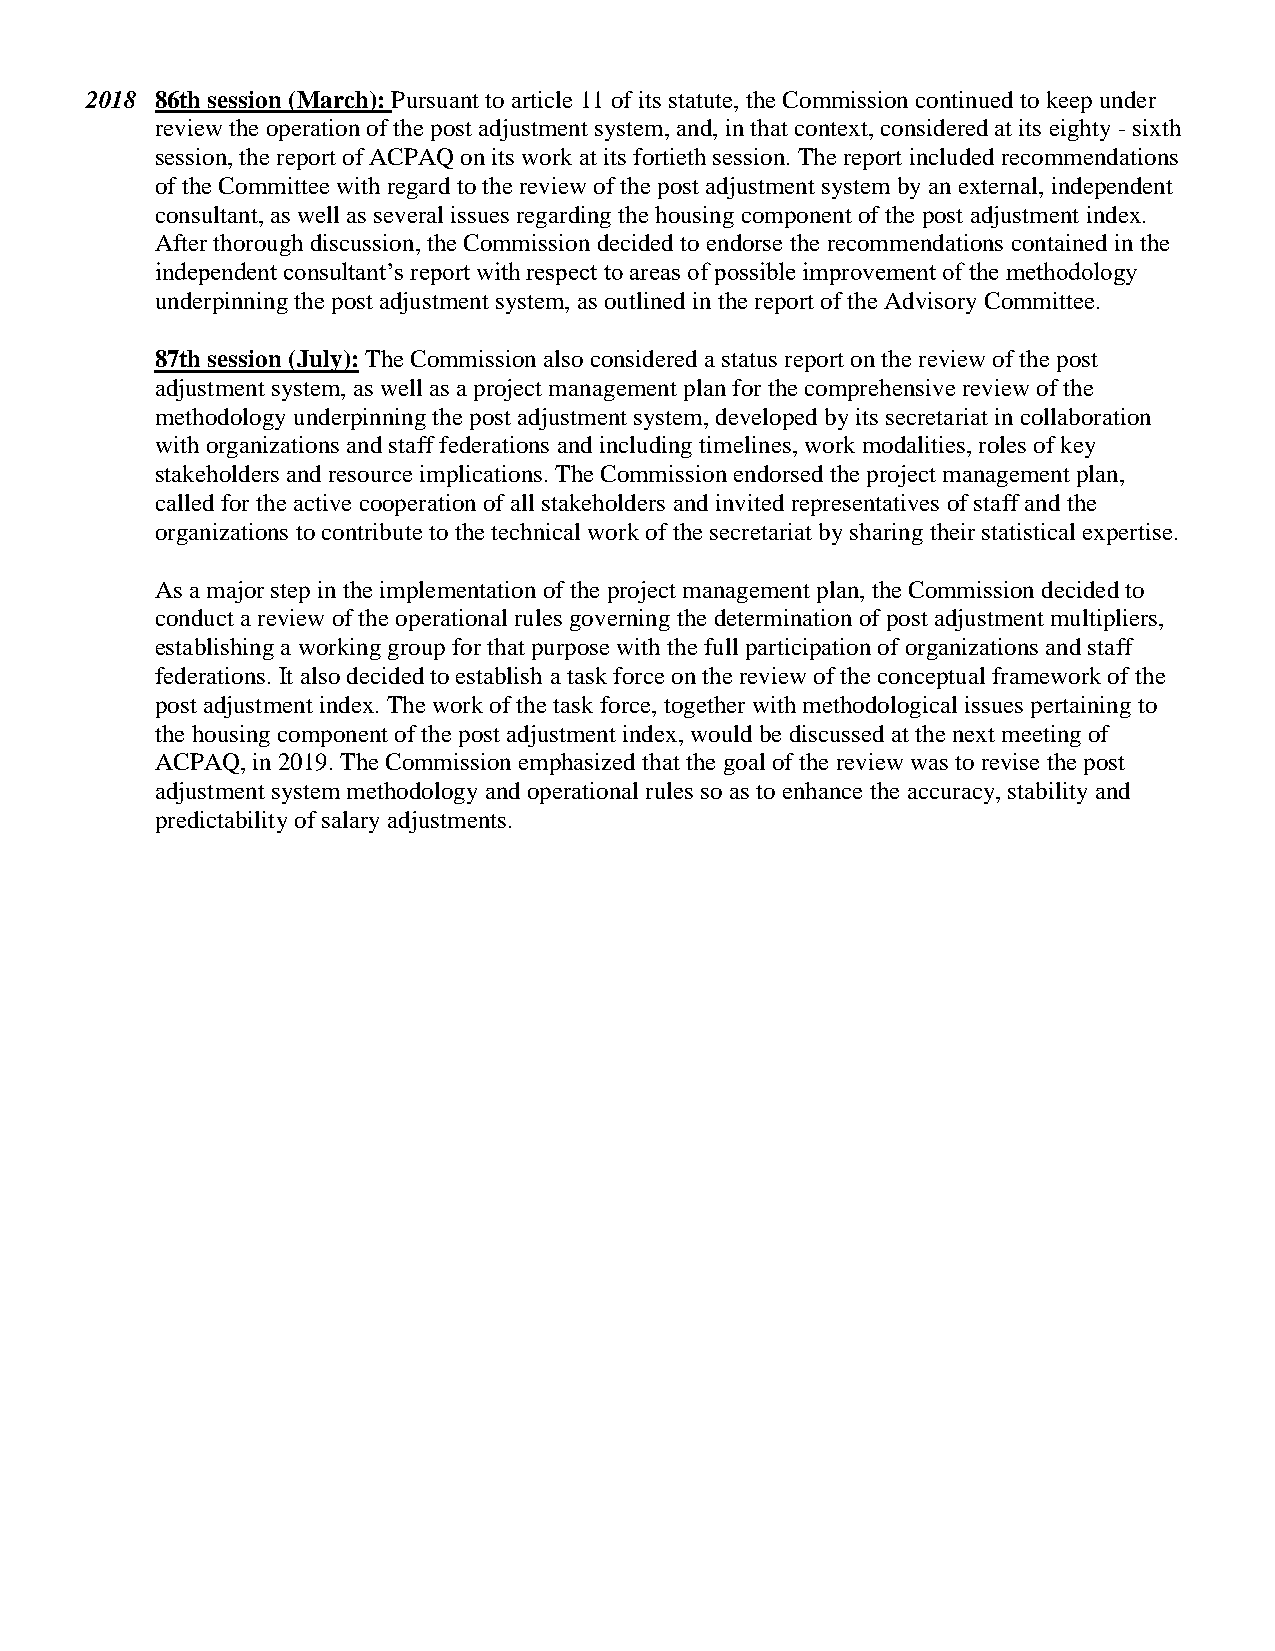
2018 86th session (March): Pursuant to article 11 of its statute, the Commission continued to keep under
 review the operation of the post adjustment system, and, in that context, considered at its eighty - sixth
 session, the report of ACPAQ on its work at its fortieth session. The report included recommendations
 of the Committee with regard to the review of the post adjustment system by an external, independent
 consultant, as well as several issues regarding the housing component of the post adjustment index.
 After thorough discussion, the Commission decided to endorse the recommendations contained in the
 independent consultant’s report with respect to areas of possible improvement of the methodology
 underpinning the post adjustment system, as outlined in the report of the Advisory Committee.
 87th session (July): The Commission also considered a status report on the review of the post
 adjustment system, as well as a project management plan for the comprehensive review of the
 methodology underpinning the post adjustment system, developed by its secretariat in collaboration
 with organizations and staff federations and including timelines, work modalities, roles of key
 stakeholders and resource implications. The Commission endorsed the project management plan,
 called for the active cooperation of all stakeholders and invited representatives of staff and the
 organizations to contribute to the technical work of the secretariat by sharing their statistical expertise.
 As a major step in the implementation of the project management plan, the Commission decided to
 conduct a review of the operational rules governing the determination of post adjustment multipliers,
 establishing a working group for that purpose with the full participation of organizations and staff
 federations. It also decided to establish a task force on the review of the conceptual framework of the
 post adjustment index. The work of the task force, together with methodological issues pertaining to
 the housing component of the post adjustment index, would be discussed at the next meeting of
 ACPAQ, in 2019. The Commission emphasized that the goal of the review was to revise the post
 adjustment system methodology and operational rules so as to enhance the accuracy, stability and
 predictability of salary adjustments.